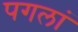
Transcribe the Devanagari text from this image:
पगलां